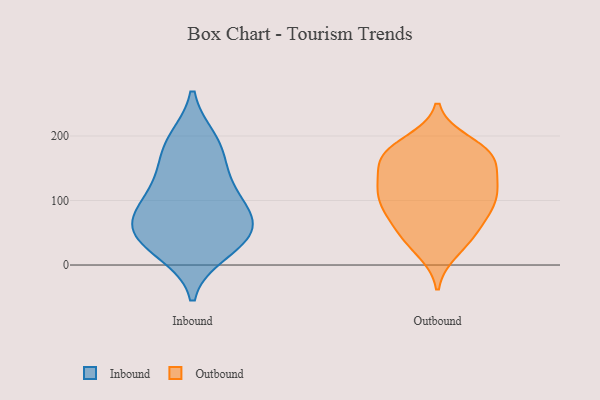
{"axis": {"x": "Churn Rate (%)", "y": "Value"}, "legend": ["Inbound", "Outbound"], "data": [{"x": "", "y": 116, "type": "Inbound"}, {"x": "", "y": 53, "type": "Inbound"}, {"x": "", "y": 157, "type": "Inbound"}, {"x": "", "y": 69, "type": "Inbound"}, {"x": "", "y": 193, "type": "Inbound"}, {"x": "", "y": 35, "type": "Inbound"}, {"x": "", "y": 74, "type": "Inbound"}, {"x": "", "y": 187, "type": "Inbound"}, {"x": "", "y": 117, "type": "Inbound"}, {"x": "", "y": 40, "type": "Inbound"}, {"x": "", "y": 21, "type": "Inbound"}, {"x": "", "y": 78, "type": "Inbound"}, {"x": "", "y": 171, "type": "Outbound"}, {"x": "", "y": 84, "type": "Outbound"}, {"x": "", "y": 44, "type": "Outbound"}, {"x": "", "y": 93, "type": "Outbound"}, {"x": "", "y": 107, "type": "Outbound"}, {"x": "", "y": 190, "type": "Outbound"}, {"x": "", "y": 161, "type": "Outbound"}, {"x": "", "y": 130, "type": "Outbound"}, {"x": "", "y": 129, "type": "Outbound"}, {"x": "", "y": 172, "type": "Outbound"}, {"x": "", "y": 66, "type": "Outbound"}, {"x": "", "y": 64, "type": "Outbound"}, {"x": "", "y": 173, "type": "Outbound"}, {"x": "", "y": 22, "type": "Outbound"}, {"x": "", "y": 122, "type": "Outbound"}, {"x": "", "y": 101, "type": "Outbound"}, {"x": "", "y": 179, "type": "Outbound"}, {"x": "", "y": 36, "type": "Outbound"}, {"x": "", "y": 158, "type": "Outbound"}, {"x": "", "y": 108, "type": "Outbound"}]}